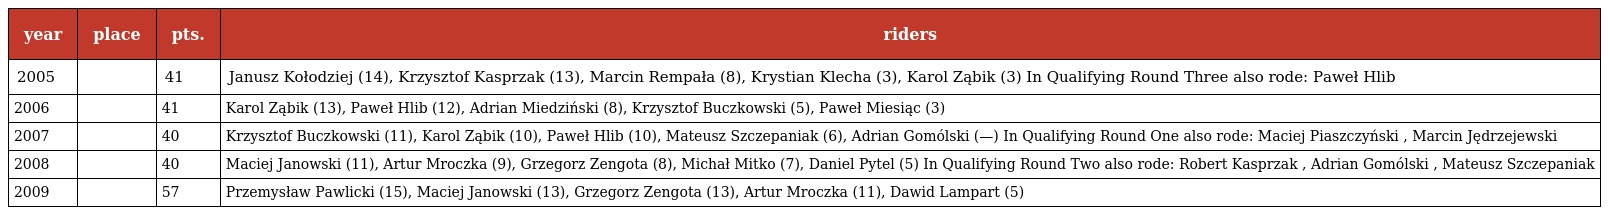
| year | place | pts. | riders |
 | --- | --- | --- | --- |
 | 2005 |  | 41 | Janusz Kołodziej (14), Krzysztof Kasprzak (13), Marcin Rempała (8), Krystian Klecha (3), Karol Ząbik (3) In Qualifying Round Three also rode: Paweł Hlib |
 | 2006 |  | 41 | Karol Ząbik (13), Paweł Hlib (12), Adrian Miedziński (8), Krzysztof Buczkowski (5), Paweł Miesiąc (3) |
 | 2007 |  | 40 | Krzysztof Buczkowski (11), Karol Ząbik (10), Paweł Hlib (10), Mateusz Szczepaniak (6), Adrian Gomólski (—) In Qualifying Round One also rode: Maciej Piaszczyński , Marcin Jędrzejewski |
 | 2008 |  | 40 | Maciej Janowski (11), Artur Mroczka (9), Grzegorz Zengota (8), Michał Mitko (7), Daniel Pytel (5) In Qualifying Round Two also rode: Robert Kasprzak , Adrian Gomólski , Mateusz Szczepaniak |
 | 2009 |  | 57 | Przemysław Pawlicki (15), Maciej Janowski (13), Grzegorz Zengota (13), Artur Mroczka (11), Dawid Lampart (5) |